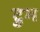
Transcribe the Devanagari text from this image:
टुम